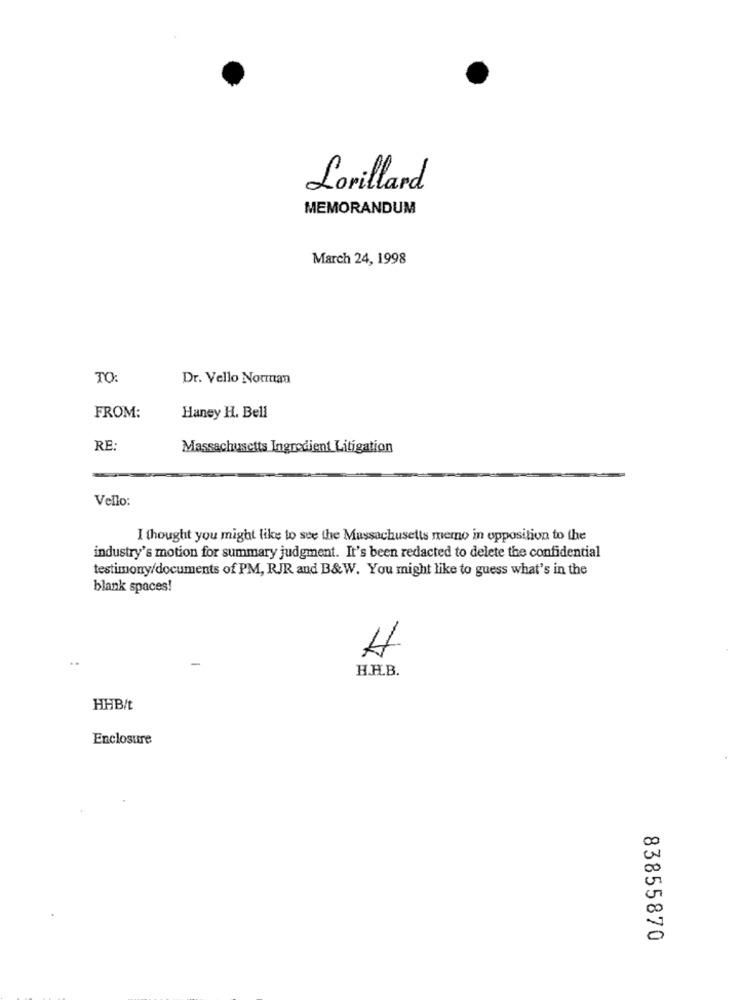
Lorillard
MEMORANDUM
March 24, 1998
TO:
Dr. Vello Norman
FROM:
Haney H. Bell
RE:
Massachusetts Ingredient Litigation
Vello:
I thought you might like to see the Massachusetts memo in opposition to the
industry's motion for summary judgment. It's been redacted to delete the confidential
testimony/documents of PM, RJR and B&W. You might like to guess what's in the
blank spaces!
..
4
H.H.B.
HHB/t
Enclosure
83855870